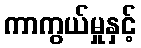
ကာကွယ်မှုနှင့်